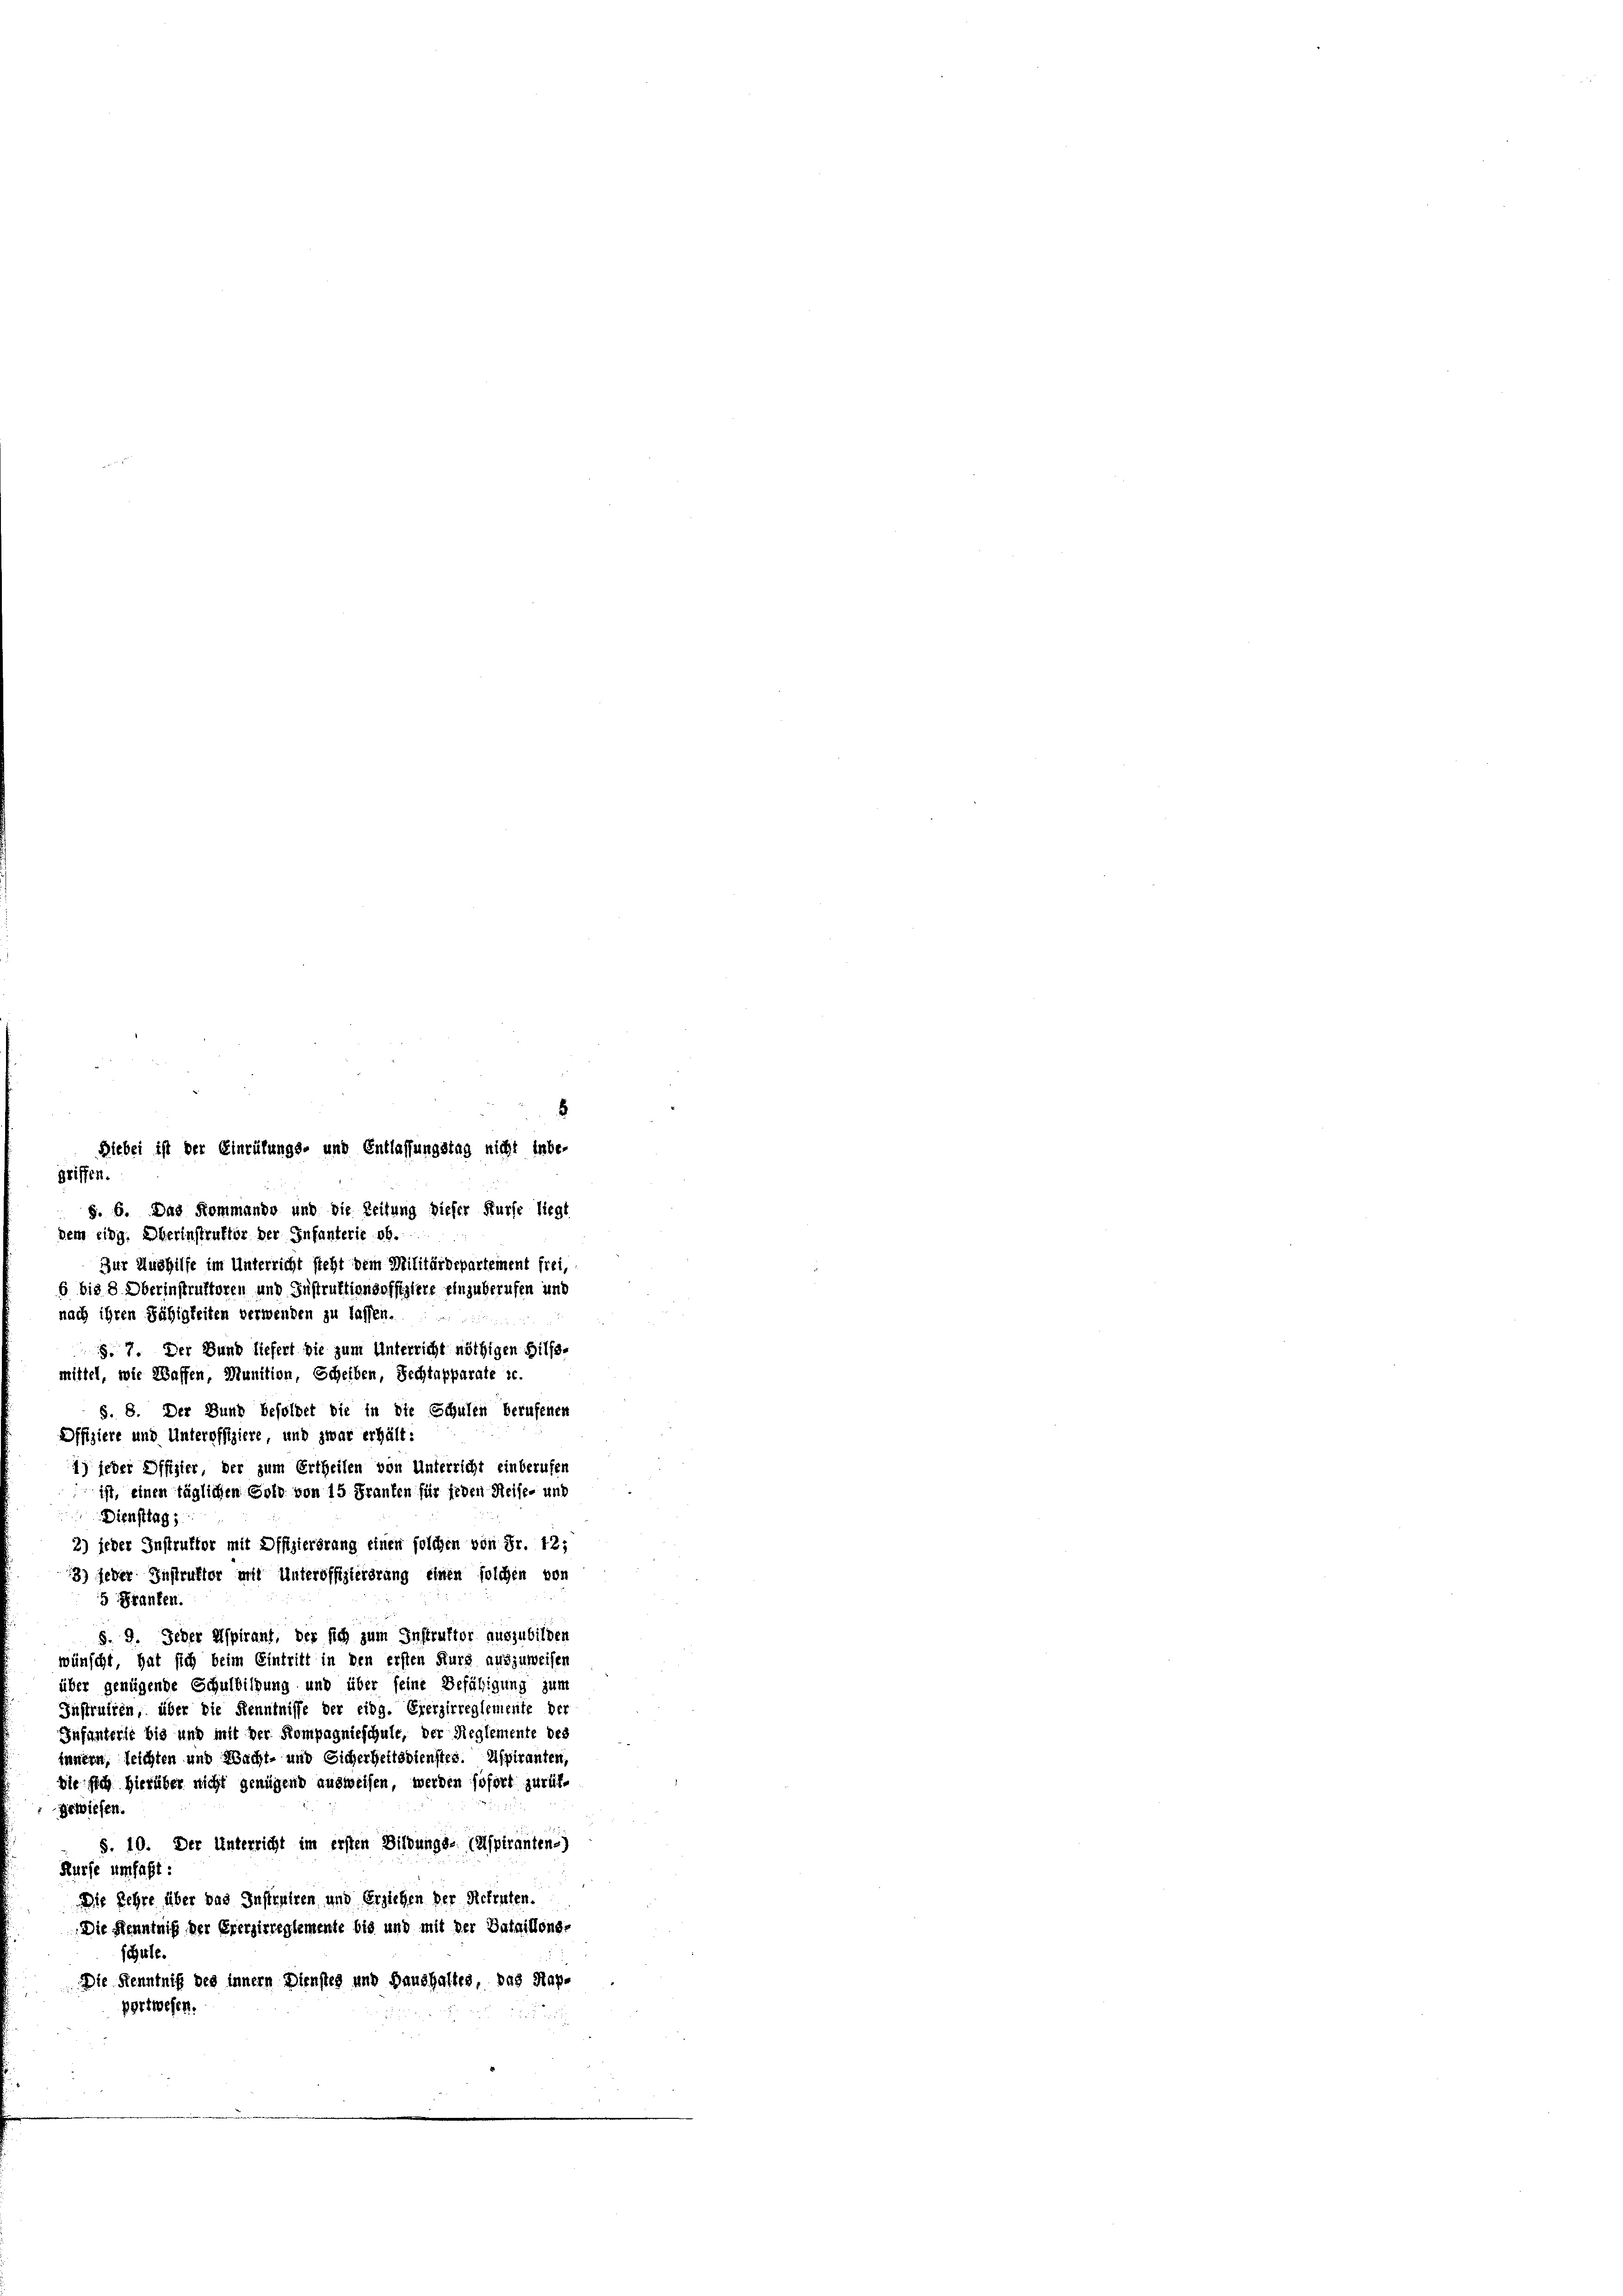
griffen.
dem eidg. Oberinstruktor der Infanterie ob.
Zur Aushilfe im Unterricht steht dem Militärdepartement frei,
6 bis 8 Oberinstruktoren und Instruktionsoffiziere einzuberufen und
nach ihren Fähigkeiten verwenden zu lassen.
§. 7. Der Bund liefert sie zum Unterricht nöthigen Hilfs-
mittel, wie Waffen, Munition, Scheiben, Rechtapparate z.
§. 8. Der Bund besoldet die in die Schulen berufenen
Offiziere und Unteroffiziere, und zwar erhält:
1) jeder Offizier, der zum Ertheilen von Unterricht einberufen
ist, einen täglichen Gold von 15 Franken für jeden Reise- und
Diensttag,
2) jeder Instruktor mit Offizierörung einen solchen von Fr. 42;
3) jeder Instruktor mit Unteroffizierdrung einen solchen von
5 Franken.
§. 9. Jeder Aspirant, der sich zum Instruktor auszubilden
wünscht, hat sich beim Eintritt in den ersten Kurs auszuweisen
über genügende Schuldigung und über seine Befähigung zum
Instruiren, über die Kenntnisse der eidg. Ererzirreglemente der
Infanterit bis und mit der Kompagnieschule, der Reglemente des
innern, leichten und Nacht- und Sicherheitsdienstes. Aspiranten,
die sich hierüber nicht genügend ausweisen, werden sofort zurück-
gewiesen.
S. 10. Der Unterricht im ersten Bildungs- (Aspiranten)
Kürfe umfaßt:
Die Kehre über das Instruiren und Erziehen der Retenten.
Die Kenntniß der Ererzirreglemente bis und mit der Bataillons-
schule.
Die Kenntniß des innern Diensteg und Haushaltes, das Rapportwesen.

Diebei ist der Einrühungs- und Entlassungstag nicht inbe-
§. 6. Das Kommando und die Zeitung dieser Kurse liegt